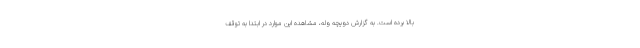
بالا برده است. به گزارش دویچه وله، مشاهده این موارد در ابتدا به توقف